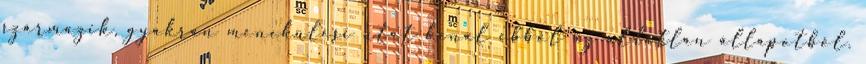
származik, gyakran menekülési utat kínál ebből az áldatlan állapotból.